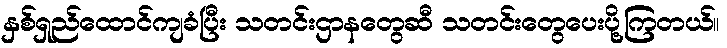
နှစ်ရှည်ထောင်ကျခံပြီး သတင်းဌာနတွေဆီ သတင်းတွေပေးပို့ကြတယ်။